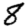
Digit: 8